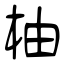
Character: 柚